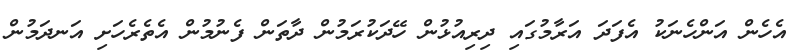
އެހެން އަންހެނަކު އެފަދަ އަރާމުގައި ދިރިއުޅުން ހޭދަކުރަމުން ދާތަން ފެނުމުން އެތެރެހަށި އަނދަމުން